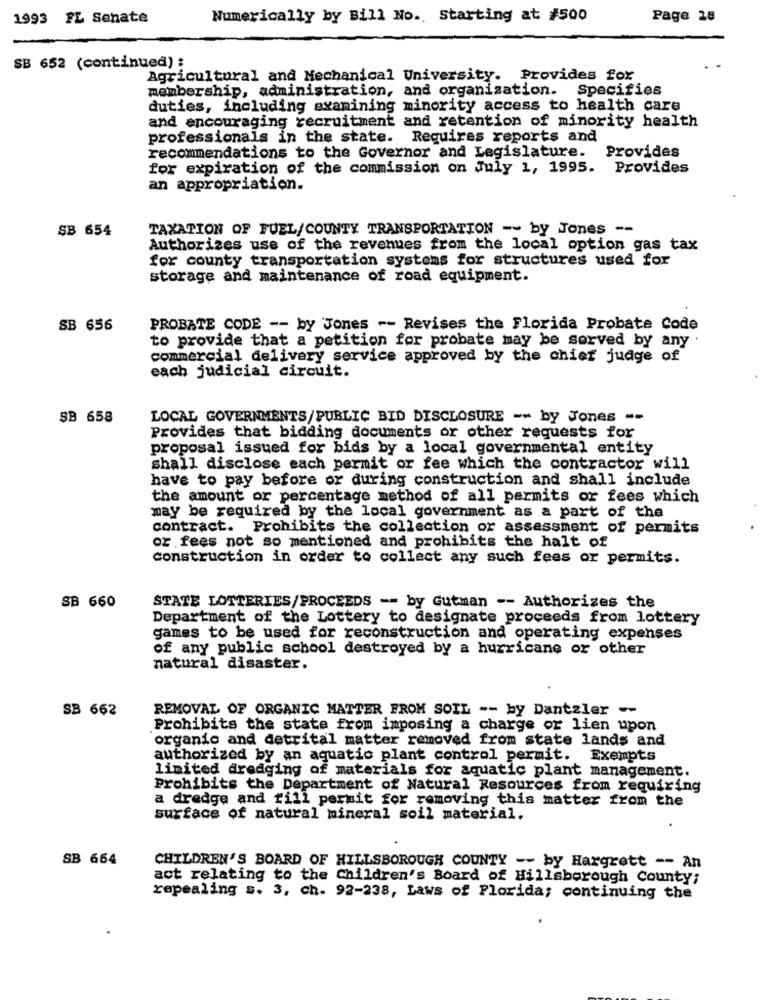
1993 FL Senate
Numerically by Bill No .. Starting at #500
Page 28
SB 652 (continued) :
Agricultural and Mechanical University. Provides for
membership, administration, and organization. Specifies
duties, including examining minority access to health care
and encouraging recruitment and retention of minority health
professionals in the state. Requires reports and
recommendations to the Governor and Legislature.
Provides
for expiration of the commission on July 1, 1995. Provides
an appropriation.
SB 654
TAXATION OF FUEL/COUNTY TRANSPORTATION -- by Jones --
Authorizes use of the revenues from the local option gas tax
for county transportation systems for structures used for
storage and maintenance of road equipment.
SB 656
PROBATE CODE -- by Jones -- Revises the Florida Probate Code
to provide that a petition for probate may be served by any
commercial delivery service approved by the chief judge of
each judicial circuit.
SB 658
LOCAL GOVERNMENTS/PUBLIC BID DISCLOSURE -- by Jones --
Provides that bidding documents or other requests for
proposal issued for bids by a local governmental entity
shall disclose each permit or fee which the contractor will
have to pay before or during construction and shall include
the amount or percentage method of all permits or fees which
may be required by the local government as a part of the
contract. Prohibits the collection or assessment of permits
or fees not so mentioned and prohibits the halt of
construction in order to collect any such fees or permits.
SB 660
STATE LOTTERIES/PROCEEDS -- by Gutman -- Authorizes the
Department of the Lottery to designate proceeds from lottery
games to be used for reconstruction and operating expenses
of any public school destroyed by a hurricane or other
natural disaster.
SB 662
REMOVAL OF ORGANIC MATTER FROM SOIL -- by Dantzler --
Prohibits the state from imposing a charge or lien upon
organic and detrital matter removed from state lands and
authorized by an aquatic plant control permit. Exempts
limited dredging of materials for aquatic plant management.
Prohibits the Department of Natural Resources from requiring
a dredge and fill permit for removing this matter from the
surface of natural mineral soil material.
SB 654
CHILDREN'S BOARD OF HILLSBOROUGH COUNTY -- by Hargrett -- An
act relating to the Children's Board of Hillsborough County;
repealing s. 3, ch. 92-238, Laws of Florida; continuing the